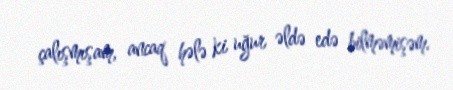
çalışmışam, ancaq hələ ki uğur əldə edə bilməmişəm.